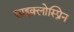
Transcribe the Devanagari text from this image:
साइक्लोस्प्रिन